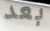
بعد